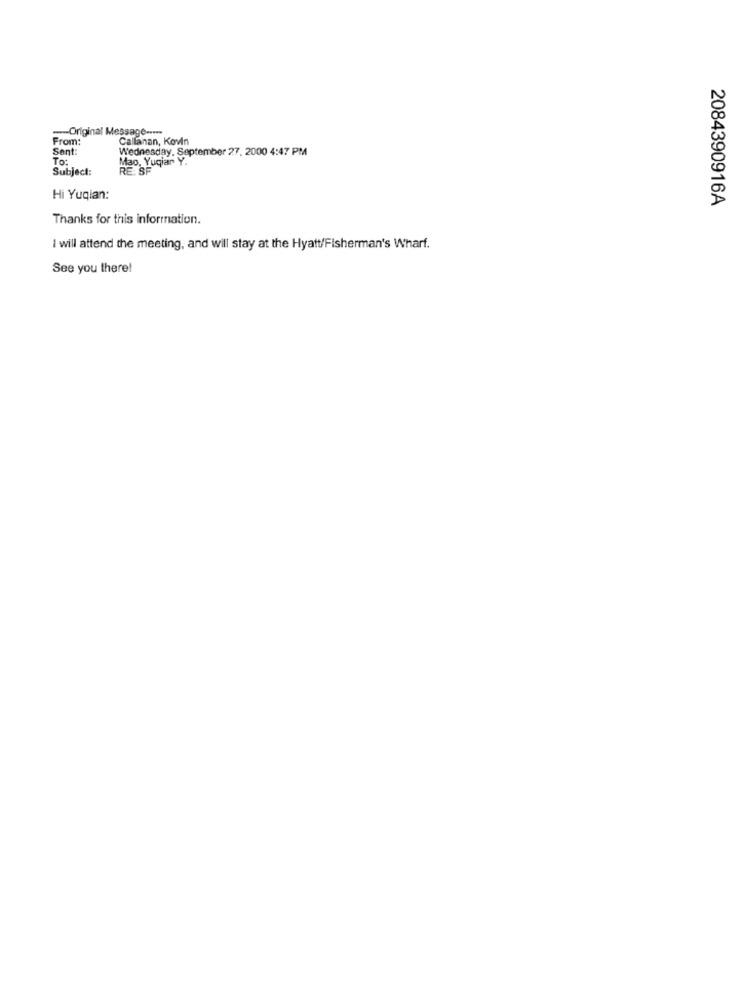
-- Original Message -----
From:
Callanan, Kovin
Sent:
Wednesday, September 27, 2000 4:47 PM
To:
Mao, Yuqiar Y.
Subject:
RE: SF
Hi Yuqian:
2084390916A
Thanks for this information.
I will attend the meeting, and will stay at the Hyatt/Fisherman's Wharf.
See you there!